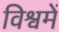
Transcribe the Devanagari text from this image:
विश्वमें